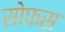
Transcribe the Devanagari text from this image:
सोफस